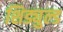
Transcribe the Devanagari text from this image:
शिड्युल्ड